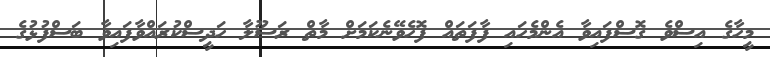
މީހާގެ އިސްވެ ގޮސްފައިވާ އެންމެހައި ފާފަތައް ފޮހެވޭނެކަމަށް މާތް ރަސޫލާ ހަދީސްކުރައްވާފައިވާ ބަސްފުޅުގެ